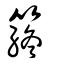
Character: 䈺